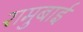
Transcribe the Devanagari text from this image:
रामुबाई